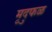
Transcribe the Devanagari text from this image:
मृदुफळ